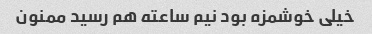
خیلی خوشمزه بود نیم ساعته هم رسید ممنون